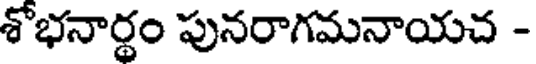
శోభనార్థం పునరాగమనాయచ -